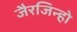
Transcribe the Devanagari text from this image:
जैरजिन्हो